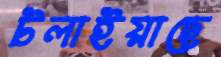
টলাইয়াছে